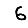
Digit: 6